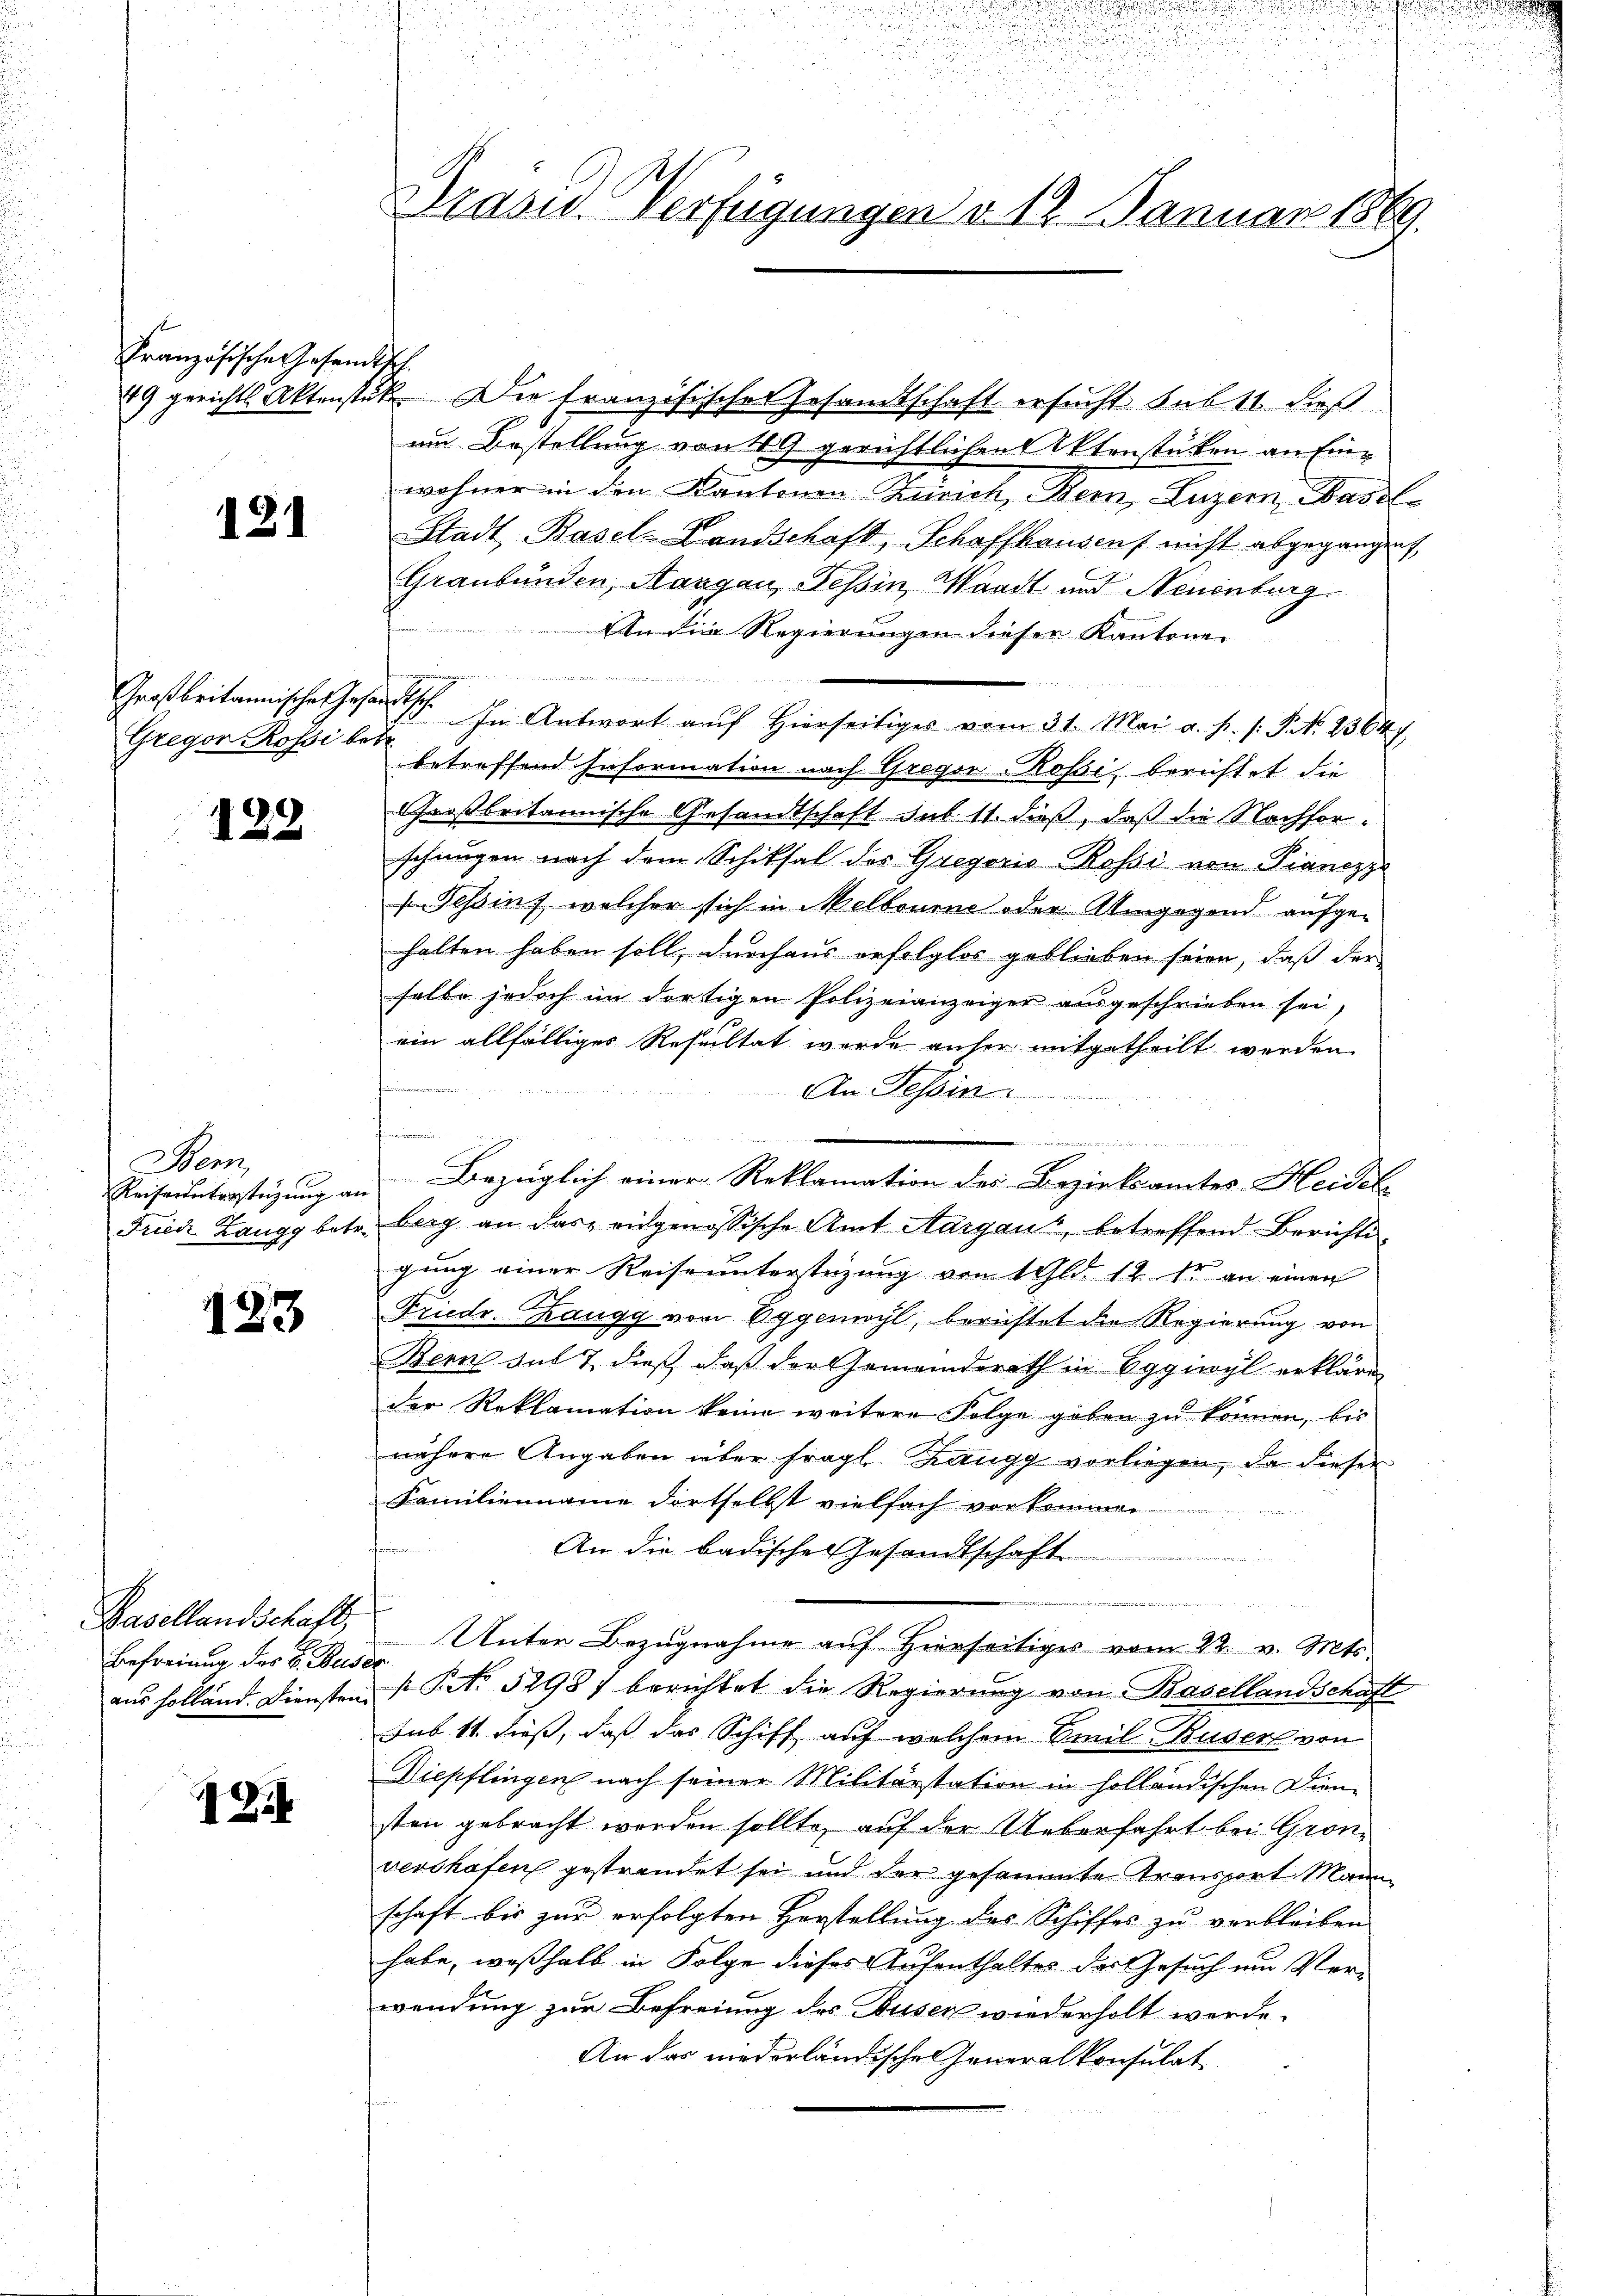
Französische Gesandtsch.

131

Großbritannisches Jose
Gregor Rossi be¬

128

Bern,
Reiseunterstüzung an
Friede Langg betr.

183

Hasellandschaft,
Befreiung des B. Buse
aus Holland. Diensten

194

2
u
Präsid. Verfügungen d. 12. Januar 1869.

u

u
.

u

49 gerichts Aktenstük Die französischer Gesamtschaft ersucht sub 11 dieß
um Bestellung von 49 gerichtlichen Aktenstüken an Einwohner in den Kantonen-Zürich, Bern, Luzern, Basel¬
Stadt Basel-Landschaft, Schaffhausen nicht abgegangen,
Graubünden, Aargau, Tessin, Waadt und Neuenburg
An die Regierungen dieser Kantone
            denen den
ausch. In Antwort auf Hierseitiges vom 31. Mai a. p. s. S. 23647
E
betreffend Information nach Gregor-Rossi, berichtet die
Großbritannische Gesandtschaft des 11. dieß, daß die Nachforschnügen nach dem Schiksal des Gregoris Rossi von Pianczy
Tessins, welcher sich in Melbourne oder Umgegend aufgehalten haben soll, durchaus erfolglos geblieben seien, daß der
selbe jedoch im dortigen Polizeianzeiger ausgeschrieben sei,
ein allfälliges Resultat werde anher mitgetheilt werden
An Tessin.

f
m
Bezüglich einer Reklamation des Bezirksamtes Heidel
berg an das eidgenössische Amt Aargaus, betreffend Berichtigung einer Reise unterstüzung von 1 Gld. 12. So an einen
Friedr. Kaugg von Eggenwyl, berichtet die Regierung von
Bern sub 7, dieß, daß der Gemeinderath in Eggiwyl erkläre
der Reklamation keine weitere Folge geben zŭ können, bis
nähere Angaben über fragl Zaugg vorliegen, da dieser
Familienname dortselbst vielfach vorkommen.
2
An die badische Gesandtschaft

eien in zu seinen zu er
f
Unter Bezugnahme auf Hierseitiges vom 12. v. Mts.
(NNo. 5298) berichtet die Regierung von Basellandschaft
sub 11 dieß, daß das Schiff auf welchem Emil Buserl von
Diepflingen nach seiner Militärstation in holländischen Dien-
sten gebracht worden sollte, auf der Ueberfahrt bei Gronvershofen gestrendet sei und der gesammte Transport Mann
schaft bis zur erfolgten Herstellung des Schiffes zu verbleiben
habe, weßhalb in Folge dieses Aufenthaltes des Gesuch um Verwendung zur Befreiung des Busen wiederholt werde.
An das niederländische Generalkonsulat

d